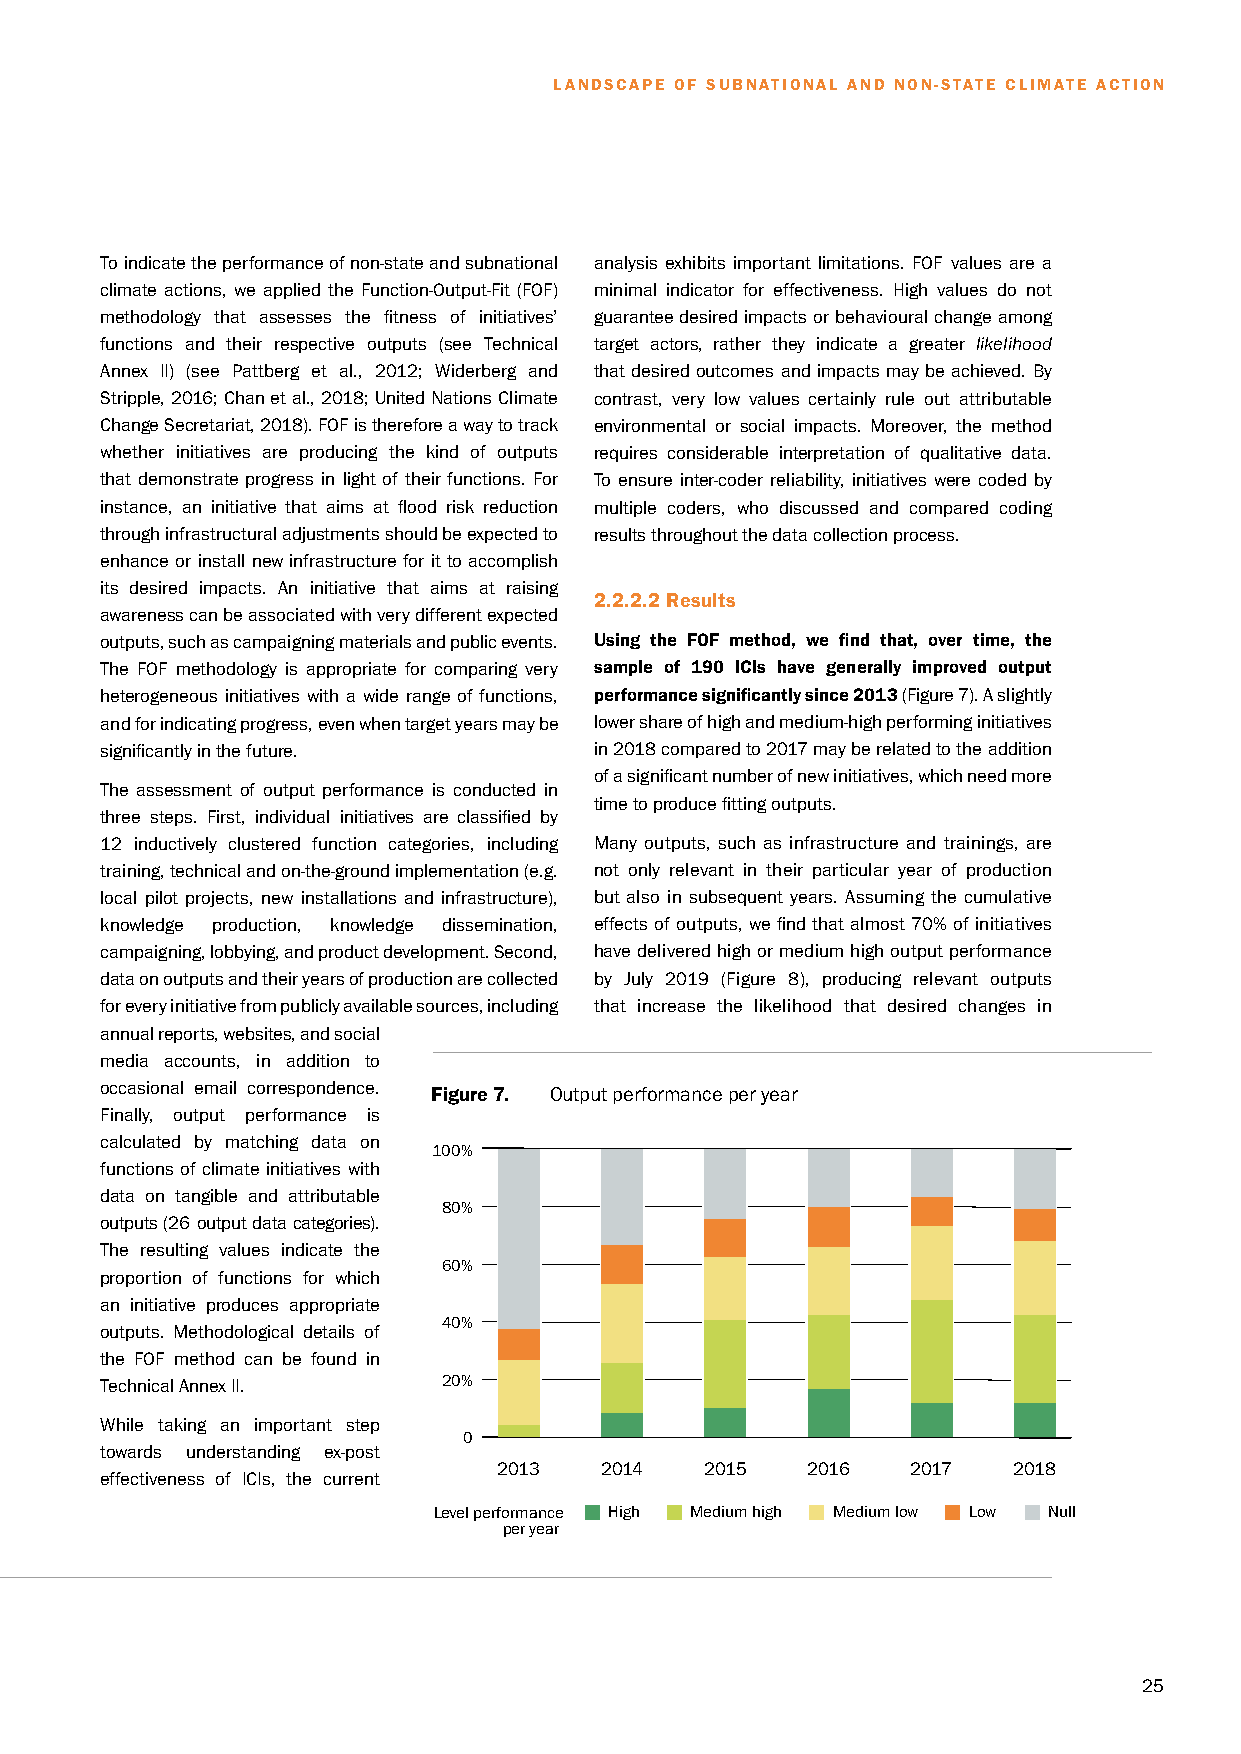
LANDSCAPE OF SUBNATIONAL AND NON-STATE CLIMATE ACTION
 To indicate the performance of non-state and subnational analysis exhibits important limitations. FOF values are a
 climate actions, we applied the Function-Output-Fit (FOF) minimal indicator for effectiveness. High values do not
 methodology that assesses the fitness of initiatives’ guarantee desired impacts or behavioural change among
 functions and their respective outputs (see Technical target actors, rather they indicate a greater likelihood
 Annex II) (see Pattberg et al., 2012; Widerberg and that desired outcomes and impacts may be achieved. By
 Stripple, 2016; Chan et al., 2018; United Nations Climate contrast, very low values certainly rule out attributable
 Change Secretariat, 2018). FOF is therefore a way to track environmental or social impacts. Moreover, the method
 whether initiatives are producing the kind of outputs requires considerable interpretation of qualitative data.
 that demonstrate progress in light of their functions. For To ensure inter-coder reliability, initiatives were coded by
 instance, an initiative that aims at flood risk reduction multiple coders, who discussed and compared coding
 through infrastructural adjustments should be expected to results throughout the data collection process.
 enhance or install new infrastructure for it to accomplish
 its desired impacts. An initiative that aims at raising
 2.2.2.2 Results
 awareness can be associated with very different expected
 outputs, such as campaigning materials and public events. Using the FOF method, we find that, over time, the
 The FOF methodology is appropriate for comparing very sample of 190 ICIs have generally improved output
 heterogeneous initiatives with a wide range of functions, performance significantly since 2013 (Figure 7). A slightly
 and for indicating progress, even when target years may be lower share of high and medium-high performing initiatives
 significantly in the future.    in 2018 compared to 2017 may be related to the addition
 of a significant number of new initiatives, which need more
 The assessment of output performance is conducted in
 time to produce fitting outputs.
 three steps. First, individual initiatives are classified by
 12 inductively clustered function categories, including Many outputs, such as infrastructure and trainings, are
 training, technical and on-the-ground implementation (e.g. not only relevant in their particular year of production
 local pilot projects, new installations and infrastructure), but also in subsequent years. Assuming the cumulative
 knowledge production, knowledge dissemination, effects of outputs, we find that almost 70% of initiatives
 campaigning, lobbying, and product development. Second, have delivered high or medium high output performance
 data on outputs and their years of production are collected by July 2019 (Figure 8), producing relevant outputs
 for every initiative from publicly available sources, including that increase the likelihood that desired changes in
 annual reports, websites, and social
 media accounts, in addition to
 occasional email correspondence. Figure 7. Output performance per year
 Finally, output performance is
 calculated by matching data on
 100%
 functions of climate initiatives with
 data on tangible and attributable
 80%
 outputs (26 output data categories).
 The resulting values indicate the
 60%
 proportion of functions for which
 an initiative produces appropriate
 40%
 outputs. Methodological details of
 the FOF method can be found in
 Technical Annex II.   20%
 While taking an important step
 0
 towards understanding ex-post
 2013   2014   2015  2016   2017   2018
 effectiveness of ICIs, the current
 Level performance High Medium high Medium low Low Null
 per year
 25